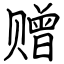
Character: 赠